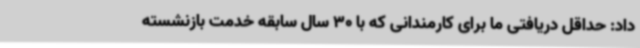
داد: حداقل دریافتی ما برای کارمندانی که با 30 سال سابقه خدمت بازنشسته